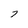
Character: 7